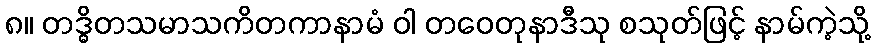
၈။ တဒ္ဓိတသမာသကိတကာနာမံ ဝါ တဝေတုနာဒီသု စသုတ်ဖြင့် နာမ်ကဲ့သို့